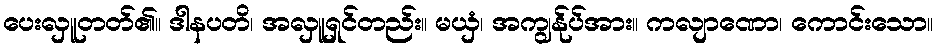
ပေးလှူတတ်၏။ ဒါနပတိ၊ အလှူရှင်တည်း။ မယှံ၊ အကျွန်ုပ်အား။ ကလျာဏော၊ ကောင်းသော။